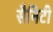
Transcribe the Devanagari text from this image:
सैनिटी